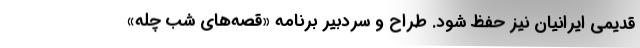
قدیمی ایرانیان نیز حفظ شود. طراح و سردبیر برنامه «قصه‌های شب چله»